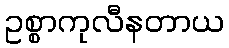
ဥစ္စာကုလီနတာယ